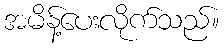
အမိန့်ပေးလိုက်သည်။